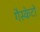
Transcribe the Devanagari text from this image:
गैस्केटों